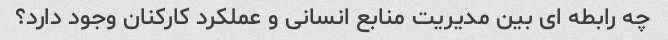
چه رابطه ای بین مدیریت منابع انسانی و عملکرد کارکنان وجود دارد؟